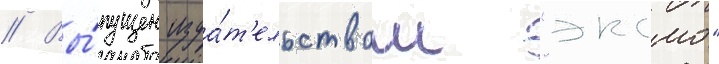
// Вы́пущен изда́т'ельством "эксмо"